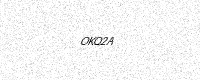
Text: OKQ2A